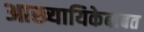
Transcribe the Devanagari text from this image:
आख्यायिकेबाबत